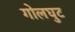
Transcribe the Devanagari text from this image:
गोलघुट